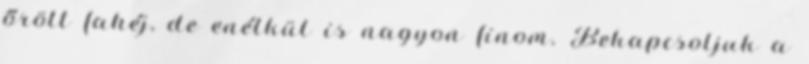
őrölt fahéj, de enélkül is nagyon finom. Bekapcsoljuk a